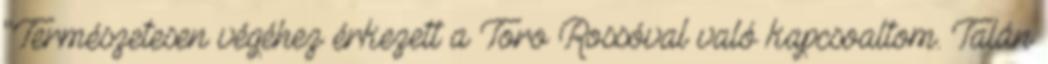
"Természetesen végéhez érkezett a Toro Rossóval való kapcsoaltom. Talán